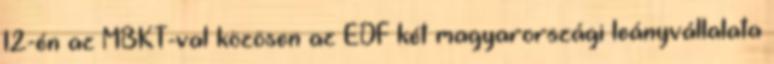
12-én az MBKT-val közösen az EDF két magyarországi leányvállalata